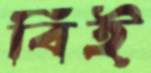
বিই